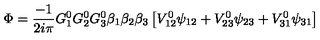
\Phi = { \frac { - 1 } { 2 i \pi } } G _ { 1 } ^ { 0 } G _ { 2 } ^ { 0 } G _ { 3 } ^ { 0 } \beta _ { 1 } \beta _ { 2 } \beta _ { 3 } \left[ V _ { 1 2 } ^ { 0 } \psi _ { 1 2 } + V _ { 2 3 } ^ { 0 } \psi _ { 2 3 } + V _ { 3 1 } ^ { 0 } \psi _ { 3 1 } \right]